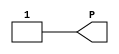
///////////////////////////////////////////////////////////////////////////////
// Copyright (c) 1995/2009 Xilinx, Inc.
// All Right Reserved.
///////////////////////////////////////////////////////////////////////////////
//   ____  ____
//  /   /\/   /
// /___/  \  /    Vendor : Xilinx
// \   \   \/     Version : 10.1
//  \   \         Description : Xilinx Functional Simulation Library Component
//  /   /                  VCC Connection
// /___/   /\     Filename : VCC.v
// \   \  /  \    Timestamp : Thu Mar 25 16:43:41 PST 2004
//  \___\/\___\
//
// Revision:
//    03/23/04 - Initial version.
//    05/23/07 - Changed timescale to 1 ps / 1 ps.
//    12/13/11 - Added `celldefine and `endcelldefine (CR 524859).
// End Revision

`timescale  1 ps / 1 ps


`celldefine

module VCC(P);


`ifdef XIL_TIMING

    parameter LOC = "UNPLACED";

`endif


    output P;

    assign P = 1'b1;

endmodule

`endcelldefine